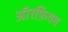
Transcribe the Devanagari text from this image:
ऑरफ़ियम